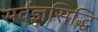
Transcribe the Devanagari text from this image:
सर्वज्ञसिद्धि